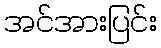
အင်အားပြင်း